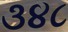
૩૪૮